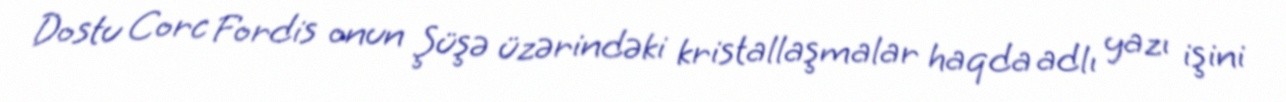
Dostu Corc Fordis onun Şüşə üzərindəki kristallaşmalar haqda adlı yazı işini